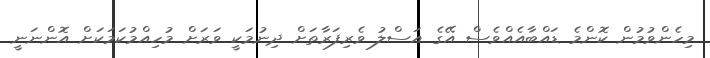
މިހެންވުމުން ކޮންމެ ޑައްބާއެއްވެސް އޭގެ އަސްލު ވެރިފަރާތަށް ދިނުމަކީ ވަރަށް މުހިއްމުކަމަކަށް އޮންނަނީ